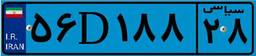
۵۷D۰۵۹۶۴